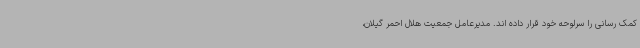
کمک رسانی را سرلوحه خود قرار داده اند. مدیرعامل جمعیت هلال احمر گیلان،